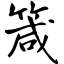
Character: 箴